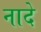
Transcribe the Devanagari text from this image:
नादे